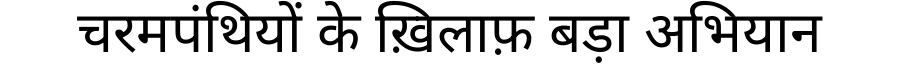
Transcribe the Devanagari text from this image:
चरमपंथियों के ख़िलाफ़ बड़ा अभियान